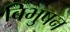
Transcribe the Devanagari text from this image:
बिभुषन